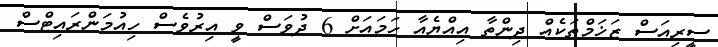
ސީރިއަސް ޒަޚަމްތަކެއް ދިންތާ އިއްޔެއާ ހަމައަށް 6 ދުވަސް ވީ އިރުވެސް ހިއުމަންރައިޓްސް